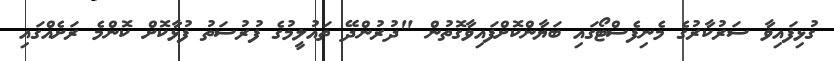
ގުޅިފައިވާ ސަރުކާރުގެ މެނިފެސްޓޯގައި ބަޔާންކޮށްފައިވާގޮތުން "ދުރުންދޭ ތައުލީމުގެ ފުރުސަތު ފުޅާކޮށް ކޮންމެ ރަށެއްގައި